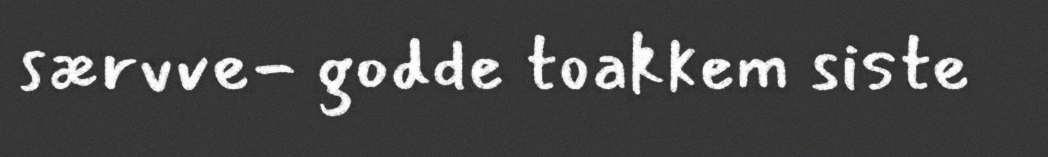
særvve- godde toakkem siste